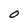
Character: O